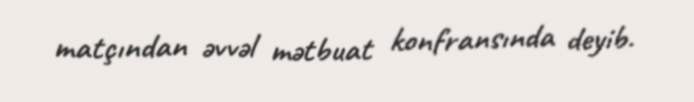
matçından əvvəl mətbuat konfransında deyib.